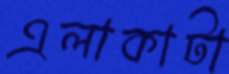
এলাকাটা